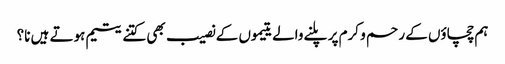
ہم چچاؤں کے رحم و کرم پر پلنے والے یتیموں کے نصیب بھی کتنے یتیم ہوتے ہیں نا؟